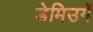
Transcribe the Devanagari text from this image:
डेमिउर्गे